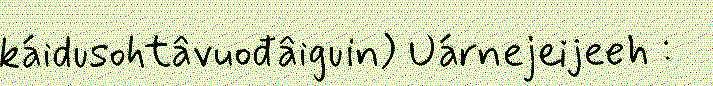
káidusohtâvuođâiguin) Uárnejeijeeh :